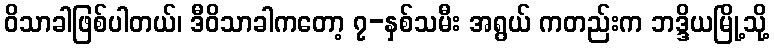
ဝိသာခါဖြစ်ပါတယ်၊ ဒီဝိသာခါကတော့ ၇-နှစ်သမီး အရွယ် ကတည်းက ဘဒ္ဒိယမြို့သို့